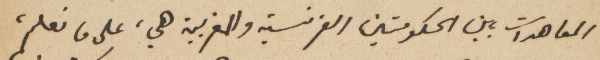
المعاهدات بين الحكومتين الفرنسية والمغربية هي، على ما نعلم،